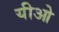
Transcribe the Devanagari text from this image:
यीओ